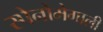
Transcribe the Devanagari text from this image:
स्पेनोमेगाली